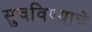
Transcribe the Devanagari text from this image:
सुचविण्याचे